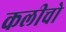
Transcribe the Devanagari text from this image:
कलीचो